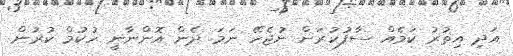
އަދި އިތުރު ކަމެއް ސާފުކުރަން ނުޖެހޭ ނަމަ ދެން އޮންނާނީ ހުކުމް ކުރުން